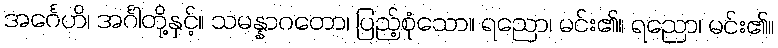
အင်္ဂေဟိ၊ အင်္ဂါတို့နှင့်။ သမန္နာဂတော၊ ပြည့်စုံသော။ ရညော၊ မင်း၏။ ရညော၊ မင်း၏။